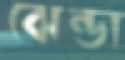
ঝেন্ডা